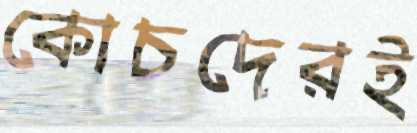
কোচদেরই